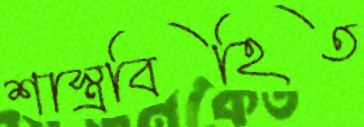
শাস্ত্রবিহিত